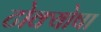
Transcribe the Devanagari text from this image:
टोक्योषा